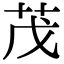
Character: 茂